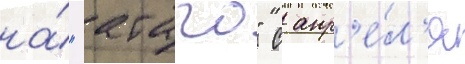
на́ "атаго" с апр'е́л'я